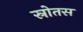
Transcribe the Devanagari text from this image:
स्रोतस